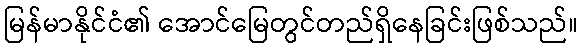
မြန်မာနိုင်ငံ၏ အောင်မြေတွင်တည်ရှိနေခြင်းဖြစ်သည်။